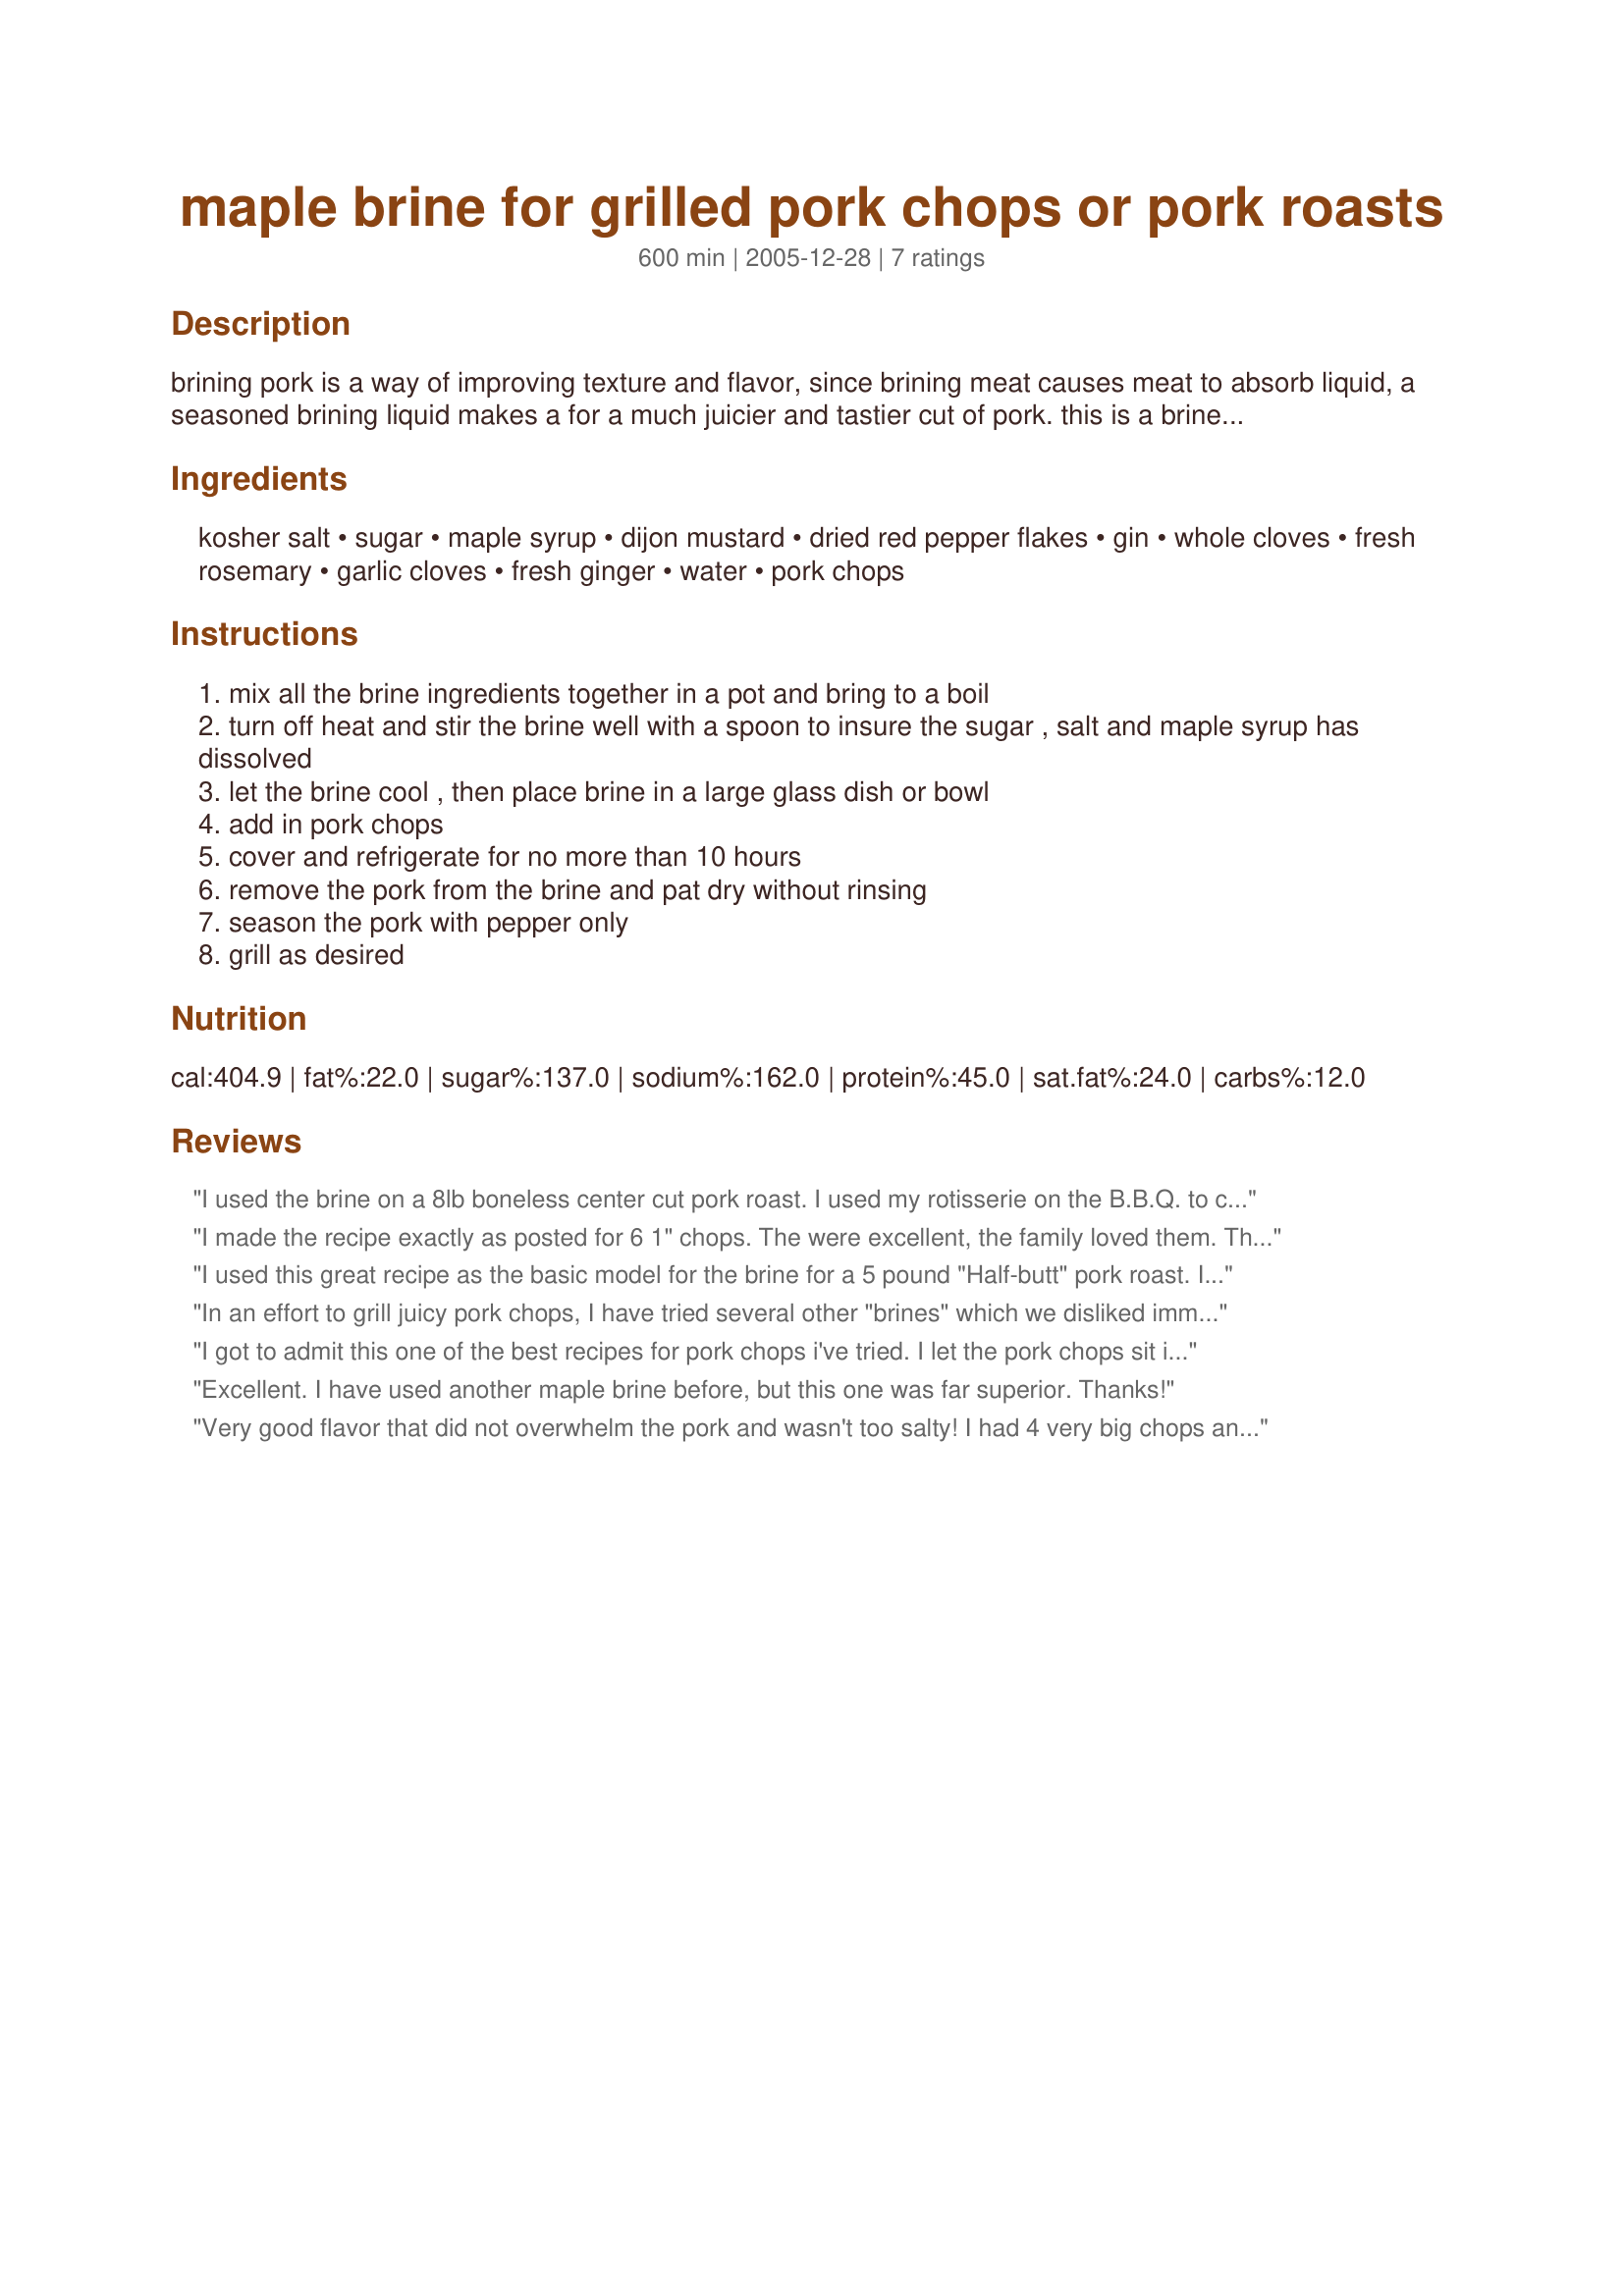
maple brine for grilled pork chops or pork roasts
Preparation time: 600 minutes

brining pork is a way of improving texture and flavor, since brining meat causes meat to absorb liquid, a seasoned brining liquid makes a for a much juicier and tastier cut of pork. this is a brine i have used in the past when i grill thick-cut pork chops, i really believe that you will never go without brining your chops again after you have tasted this. i have also used this same brine on my pork roasts when i rotisserie them on the outdoor grill. plan ahead the chops or roast need to brine for a minimum of 10 hours, but no longer than 10 hours, they will start to take on the texture and flavor of a ham, brine your meat early in the morning to grill in the evening, i have even brined for 5 hours and the pork was till moist, remember kosher salt only, regular coarse salt will create an overpowdering salty taste.

Ingredients:
kosher salt, sugar, maple syrup, dijon mustard, dried red pepper flakes, gin, whole cloves, fresh rosemary, garlic cloves, fresh ginger, water, pork chops

Steps:
mix all the brine ingredients together in a pot and bring to a boil
turn off heat and stir the brine well with a spoon to insure the sugar , salt and maple syrup has dissolved
let the brine cool , then place brine in a large glass dish or bowl
add in pork chops
cover and refrigerate for no more than 10 hours
remove the pork from the brine and pat dry without rinsing
season the pork with pepper only
grill as desired

Reviews:
I used the brine on a 8lb boneless center cut pork roast. I used my rotisserie on the B.B.Q. to cook it. Delicious and moist results after about 2 hours. Thanx for the recipe!
I made the recipe exactly as posted for 6 1" chops. The were excellent, the family loved them. The only thing I would change next time is to cut down on the brine, It makes enough for double the meat. Thanks again, this is a keeper.
 I used this great recipe as the basic model for the brine for a 5 pound "Half-butt" pork roast. I brined the roast for about 6 hours and then cooked it in my Rival BBQ Pit slow cooker (best $85 I ever spent!!) I followed the basic proportions of ingredients but used rum and brandy (and a little extra-didn't have gin), Great Value "Southwest Spicy Sweet Hot Mustard)-about a half of one bottle (I had an open 1/2 bottle and a new full one.) I also used of 1/2 cup Brown Sugar Karo syrup (new flavor), some brown sugar (1/3 cup), about 1/3 cup of maple syrup and some garlic/ginger (jar) paste instead of fresh just because it was in the fridge and I was waiting to find a great use for it! I also put in about 1/3 cup of cider vinegar. Instead of rosemay and red pepper flakes I used a few whole allspice, 2 tsp of yellow mustard seeds, 1/2 tsp black pepper, and some fresh orange peels (big pieces.)After I put the roast and some more orange peels in the slow cooker (set on low, the crock lined with foil then put roast on the rack on top of another sheet of foil that I pierced), I poured off about half of the marinade, put it in a deep saucepan and added some more brandy and water and reduced it by 1/3. Then I put in a whole 22 oz jar of Musselman's Apple-Cherry-Peach fruit spread (similar to applesauce)and the other whole bottle of the hot mustard. After it tasted just right and was slightly thick, I put in the fridge overnight. I let the roast cook on low from midnight to about 11:30 this morning then basted it heavily with the maple/mustard/apple/rum-brandy sauce and let it cook another 1 1/2-2 hours. OMG, it is SO awesome for St Patty's Day!! I have a lot of great sauce leftover to serve with the roast and to use for something else. The roast is so tender and perfectly flavored. Thanks, Kittencal, for another wonderful recipe!!! -- posted Mar 17, 2006
In an effort to grill juicy pork chops, I have tried several other "brines" which we disliked immensely. This one was AWESOME - not too salty and no vinegary aftertaste. (I did rinse the chops before grilling though) The maple and ginger add a subtle sweetness and hint of flavor that doesn't overpower the pork. We will definitely use this again! Thanks for posting!
I got to admit this one of the best recipes for pork chops i've tried. I let the pork chops sit in the brine for 7 hours total and grilled them on a web gas grill with a chunk of mesquite. I used boneless pork chops and made a sandwich with cebatta bread, fresh tomato, and avacado cream. Was excellent. Great recipe
Excellent. I have used another maple brine before, but this one was far superior. 
Thanks!
Very good flavor that did not overwhelm the pork and wasn't too salty! I had 4 very big chops and needed 3/4 of the recipe to fill the bowl and totally cover the chops. I put dijon mustard on the chops and then covered with plain bread crumbs and pepper and baked them at 350 for about an hour. Wonderful!
